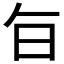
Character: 𭥍